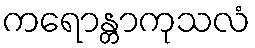
ကရောန္တာကုသလံ